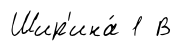
Шир'ина́ 1 В